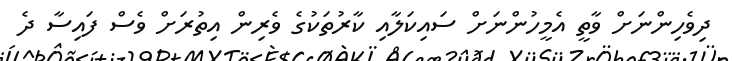
ދިވެހިންނަށް ވާތީ އެމީހުންނަށް ސައިކަލާއި ކާރުތަކުގެ ވެރިން އިތުރަށް ވެސް ފައިސާ ދެ